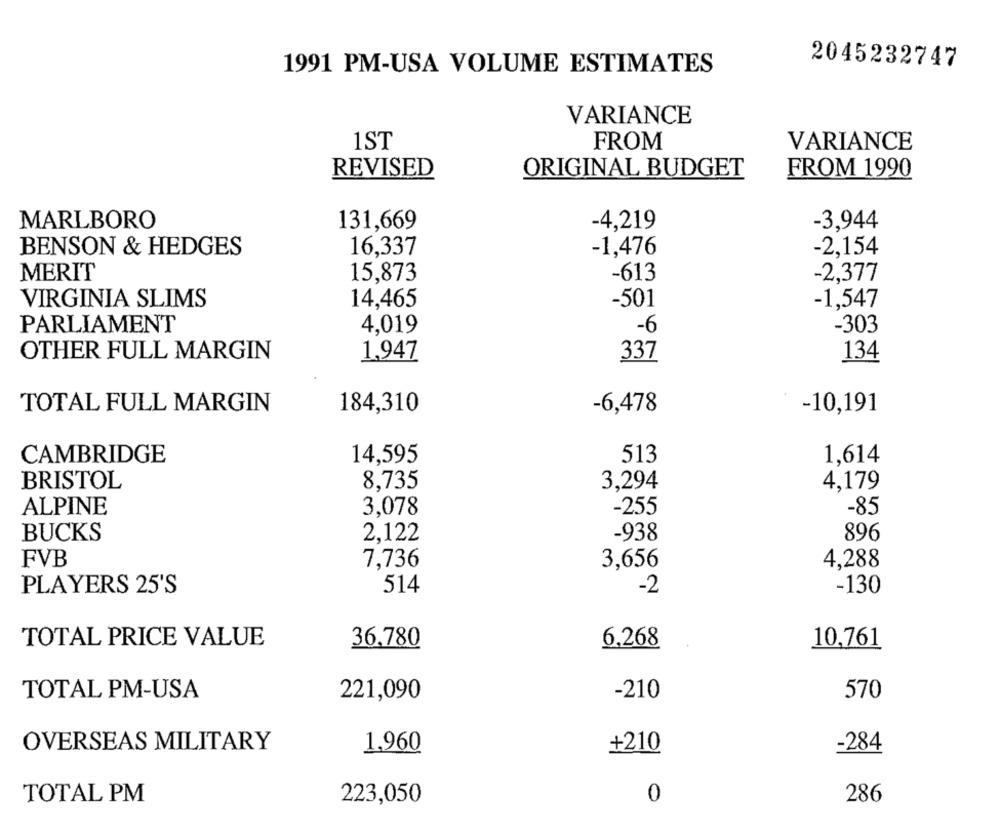
2045232747
1991 PM-USA VOLUME ESTIMATES
VARIANCE
1ST
FROM
VARIANCE
REVISED
ORIGINAL BUDGET
FROM 1990
MARLBORO
131,669
-4,219
-3,944
BENSON & HEDGES
16,337
-1,476
-2,154
MERIT
15,873
-613
-2,377
VIRGINIA SLIMS
14,465
-501
-1,547
PARLIAMENT
4,019
-6
-303
OTHER FULL MARGIN
1,947
337
134
TOTAL FULL MARGIN
184,310
-6,478
-10,191
CAMBRIDGE
14,595
513
1,614
BRISTOL
8,735
3,294
4,179
ALPINE
3,078
-255
-85
BUCKS
2,122
-938
896
FVB
7,736
3,656
4,288
PLAYERS 25'S
514
-2
-130
TOTAL PRICE VALUE
36,780
6,268
10,761
TOTAL PM-USA
-210
570
221,090
OVERSEAS MILITARY
1.960
+210
-284
TOTAL PM
223,050
0
286